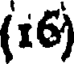
(i6)